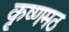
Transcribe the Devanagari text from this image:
कृष्णमठ